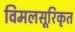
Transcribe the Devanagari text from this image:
विमलसूरिकृत